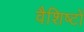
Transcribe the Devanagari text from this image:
वैशिष्टों